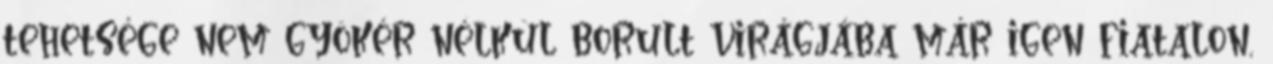
tehetsége nem gyökér nélkül borult virágjába már igen fiatalon,